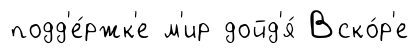
подд'е́ржк'е м'ир дойд'я́ Вско́р'е